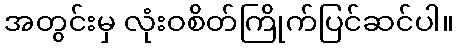
အတွင်းမှ လုံးဝစိတ်ကြိုက်ပြင်ဆင်ပါ။